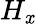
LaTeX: H_{\mathit{x}}